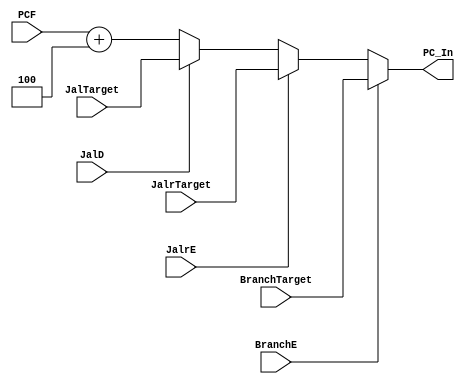
`timescale 1ns / 1ps
// OK
//////////////////////////////////////////////////////////////////////////////////
// Company: USTC ESLAB
//
// Design Name: RISCV-Pipline CPU
// Module Name: NPC_Generator
// Target Devices: Nexys4
// Tool Versions: Vivado 2017.4.1
// Description: Choose Next PC value
//////////////////////////////////////////////////////////////////////////////////
//
    //NPC_GeneratorNext PCPC
//
    //PCF              PC
    //JalrTarget       jalr
    //BranchTarget     branch
    //JalTarget        jal
    //BranchE==1       ExBranch
    //JalD==1          IDJal
    //JalrE==1         ExJalr
//
    //PC_In            NPC
//
    //

module NPC_Generator(
    input wire [31:0] PCF,JalrTarget, BranchTarget, JalTarget,
    input wire BranchE,JalD,JalrE,
    output reg [31:0] PC_In
    );

    // 
    always @(*) begin
        if (BranchE) PC_In <= BranchTarget;
        else if (JalrE) PC_In <= JalrTarget;
        else if (JalD) PC_In <= JalTarget;
        else PC_In <= PCF + 4;
    end
    // 

endmodule